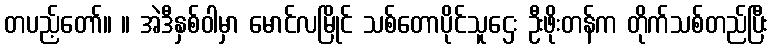
တပည့်တော်။ ။ အဲဒီနှစ်ဝါမှာ မောင်လမြိုင် သစ်တောပိုင်သူဌေး ဦးဖိုးတန်က တိုက်သစ်တည်ပြီး